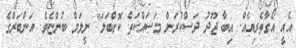
އެއީ އޯގާތެރިއެއް. އިބާ ޖޫދު ދަސްކުރަން މަސައްކަތް ކޮށްބަލަ" ނީލަމް ބުންޏެވެ. އަންބަރްގެ